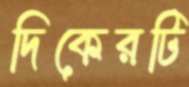
দিকেরটি